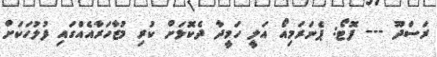
ރަސްދޫ --- ފޮޓޯ: ޕެނަރަމިއޯ އަލީ ހަމީދާ ދެކޮޅަށް ކުރި މުޒާހަރާއެއްގައި ފުލުހަކަށް